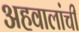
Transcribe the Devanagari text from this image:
अहवालांची